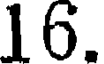
16.